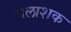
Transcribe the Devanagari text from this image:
पलाशक